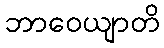
ဘာဝေယျာတိ